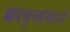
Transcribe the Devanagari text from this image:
छंदवृत्तांमध्ये